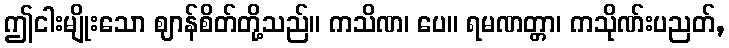
ဤငါးမျိုးသော ဈာန်စိတ်တို့သည်။ ကသိဏ၊ ပေ။ ရမဏတ္တာ၊ ကသိုဏ်းပညတ်,